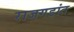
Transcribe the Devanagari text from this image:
राजगडांत